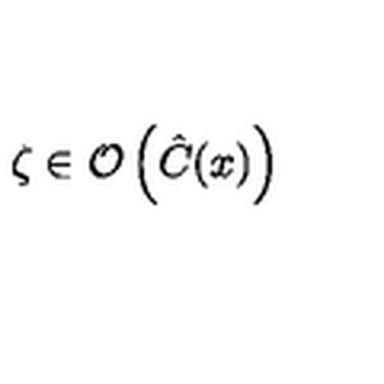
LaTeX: \zeta \in \mathcal { O } \left( \hat { C } ( x ) \right)